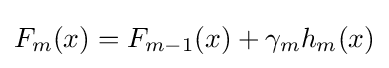
F_{m}(x)=F_{m-1}(x)+\gamma _{m}h_{m}(x)